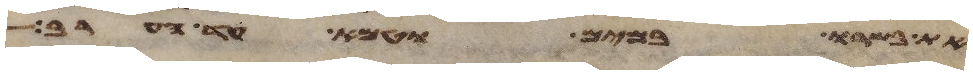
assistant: את בשרו במים וטמא עד הערב